Vital statistics of India. Vol. VI, European troops 1870-79
Year: 1870
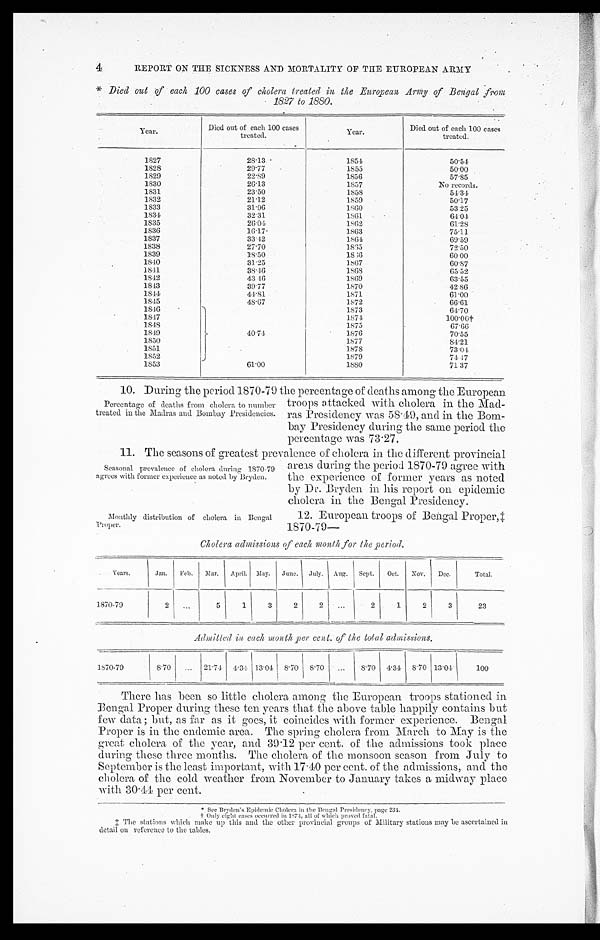
4
REPORT ON THE SICKNESS AND MORTALITY OP THE EUROPEAN ARMY
* Died out of each 100 cases of cholera treated in the European Army of Bengal
f r o m
1827 to 1880.
Y e a r .
Died out of each 100 cases
treated.
Year .
Died out of each 100 cases
treated.
1827
28.13
1854
50.54
1828
29.77
1855
50.00
1829
22.89
1856
57.85
1830
26.13
1857
No records.
1831
23.50
1858
54.34
1832
21.12
1859
50.17
1833
31.96
1860
53.25
1 8 3 4
32.31
1861
64.01
1835
2 6 . 0 4
1862
61.28
1836
16.17
1863
75.11
1837
33.42
1864
69.59
1838
27.70
1865
72.50
1839
18.50
18 66
60.00
1840
31.25
1867
60.87
1841
38.46
1868
65.52
1842
43 . 16
1869
63.55
1843
39.77
1870
42 86
1 8 4 4
44.81
1871
61.00
1845
48.67
1872
66.61
1846
4 0 . 7 4
1873
64.70
1847
1874
100.00t
1 8 4 8
1875
67.66
1849
1876
70.55
1850
1877
81.21
1851
1878
73.04
'
1 8 5 2
1879
7 4 . 4 7
1853
61.00
1880
71 37
10. During the Period 1870-79 the Percentage of deaths among the European
Percentage of deaths from cholera to number
treated in the Madras and Bombay Presidencies.
troops attacked with cholera in the Mad
–ras Presidency was 58.49, and in the Bom-
–bay Presidency during the same period the
percentage was 73.27.
11. The seasons of greatest prevalence of cholera in the different provincial
Seasonal prevalence of cholera during 1870-79
agrees with former experience as noted by Bryden.
Monthly distribution of cholera in Bengal
Proper.
areas during the period 1870-79 agree with
the experience of former years as noted
by Dr. Bryden in his report on epidemic
cholera in the Bengal Presidency.
12. European troops of Bengal Proper,‡
1870-79—
Cholera admissions of each month for the period.
Years.
Jan.
Feb.
Mar.
April.
May.
June.
July.
Aug.
Sept,
Oct.
Nov.
Dec.
Total.
1870-79
2 ...
5
1
3
2
2
...
2
1
2
3
23
Admitted in each month per cent. of the total admissions.
1870-79
8.70 ...
21.74
4.34 13.04 8.70
8.70
...
8.70
4.34
8.70 13 . 04
100
There has been so little cholera among the European troops stationed in
Bengal Proper during these ten years that the above table happily contains but
few data ; but, as far as it goes, it coincides with former experience. Bengal
Proper is in the endemic area. The spring cholera from March to May is the
great cholera of the year, and 39 . 12 per cent. of the admissions took place
during these three months. The cholera of the monsoon season from July to
September is the least important, with 17.40 per cent. of the admissions, and the
cholera of the cold weather from November to January takes a midway place
with 30 . 44 per cent.
* S e e B r y d e n ’ s E p i d e m i c C h o l e r a i n t h e B e n g a l P r e s i d e n c y , p a g e 2 3 4 .
† O n l y e i g h t
ca
s e s o c c u r r e d i n 1 8 7 4 , a l l o f w h i c h
p r o v e d f a t a l .
‡ The stations which make up this and the other provincial groups of Military stations may be ascertained in
detail on reference to the tables.